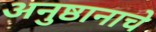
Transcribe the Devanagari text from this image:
अनुष्ठानाचे